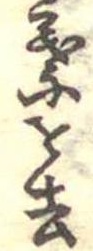
葉を去